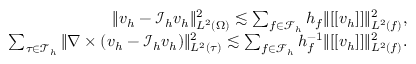
\begin{array} { r } { \| \boldsymbol { v } _ { h } - \mathcal { I } _ { h } \boldsymbol { v } _ { h } \| _ { L ^ { 2 } ( \Omega ) } ^ { 2 } \lesssim \sum _ { f \in \mathcal { F } _ { h } } h _ { f } \| [ [ \boldsymbol { v } _ { h } ] ] \| _ { L ^ { 2 } ( f ) } ^ { 2 } , } \\ { \sum _ { \tau \in \mathcal { T } _ { h } } \| \nabla \times ( \boldsymbol { v } _ { h } - \mathcal { I } _ { h } \boldsymbol { v } _ { h } ) \| _ { L ^ { 2 } ( \tau ) } ^ { 2 } \lesssim \sum _ { f \in \mathcal { F } _ { h } } h _ { f } ^ { - 1 } \| [ [ \boldsymbol { v } _ { h } ] ] \| _ { L ^ { 2 } ( f ) } ^ { 2 } . } \end{array}